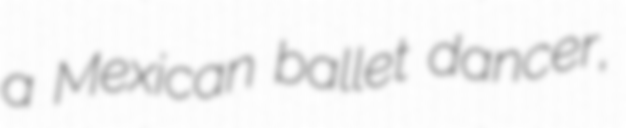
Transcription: a Mexican ballet dancer,